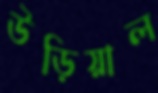
উড়িয়াল